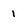
Character: 1